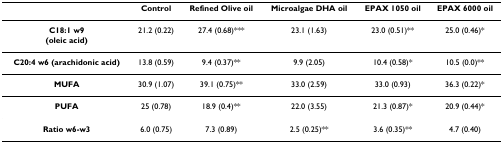
<table><thead><tr><td></td><td><b>Control</b></td><td><b>Refined Olive oil</b></td><td><b>Microalgae DHA oil</b></td><td><b>EPAX 1050 oil</b></td><td><b>EPAX 6000 oil</b></td></tr></thead><tbody><tr><td><b>C18:1 w9</b><b>(oleic acid)</b></td><td>21.2 (0.22)</td><td>27.4 (0.68)***</td><td>23.1 (1.63)</td><td>23.0 (0.51)**</td><td>25.0 (0.46)*</td></tr><tr><td><b>C20:4 w6 (arachidonic acid)</b></td><td>13.8 (0.59)</td><td>9.4 (0.37)**</td><td>9.9 (2.05)</td><td>10.4 (0.58)*</td><td>10.5 (0.0)**</td></tr><tr><td><b>MUFA</b></td><td>30.9 (1.07)</td><td>39.1 (0.75)**</td><td>33.0 (2.59)</td><td>33.0 (0.93)</td><td>36.3 (0.22)*</td></tr><tr><td><b>PUFA</b></td><td>25 (0.78)</td><td>18.9 (0.4)**</td><td>22.0 (3.55)</td><td>21.3 (0.87)*</td><td>20.9 (0.44)*</td></tr><tr><td><b>Ratio w6-w3</b></td><td>6.0 (0.75)</td><td>7.3 (0.89)</td><td>2.5 (0.25)**</td><td>3.6 (0.35)**</td><td>4.7 (0.40)</td></tr></tbody></table>